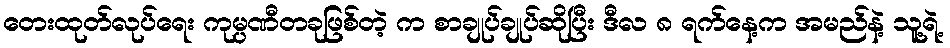
တေးထုတ်လုပ်ရေး ကုမ္ပဏီတခုဖြစ်တဲ့ က စာချုပ်ချုပ်ဆိုပြီး ဒီလ ၈ ရက်နေ့က အမည်နဲ့ သူ့ရဲ့